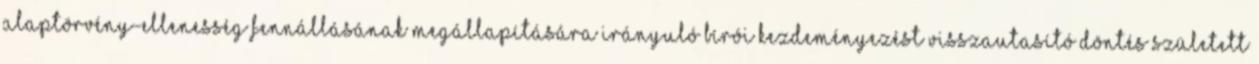
alaptörvény-ellenesség fennállásának megállapítására irányuló bírói kezdeményezést visszautasító döntés született